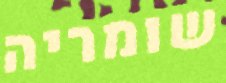
שומריה